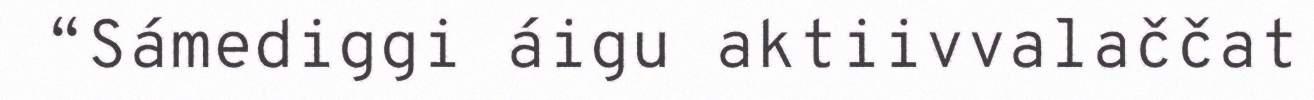
“Sámediggi áigu aktiivvalaččat